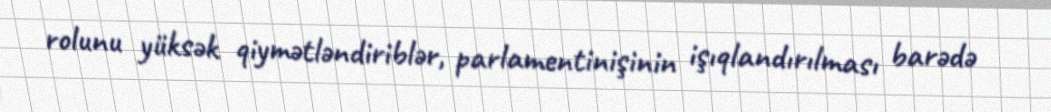
rolunu yüksək qiymətləndiriblər, parlamentinişinin işıqlandırılması barədə